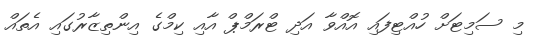
މި ސަމިޓަށް ހުއްޓިފައި އޮއްވާ އަދި ޓްރަމްޕް އާއި ކިމްގެ އިންތިޒާރުގައި އެތައް